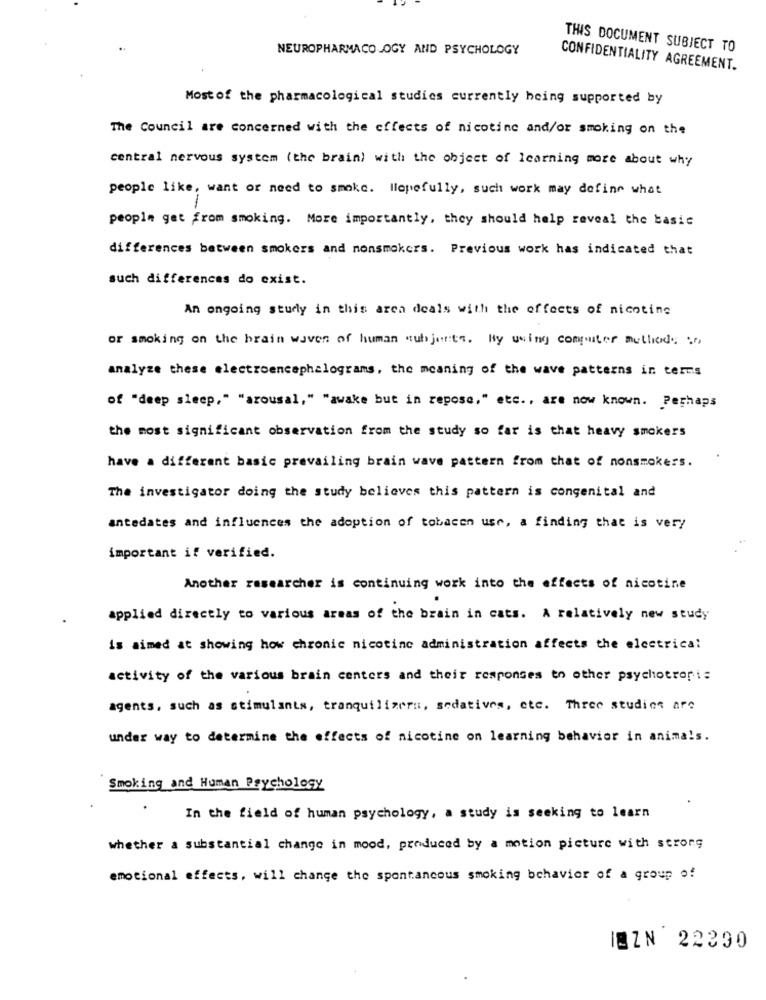
NEUROPHARMACOLOGY AND PSYCHOLOGY
THIS DOCUMENT SUBJECT TO
CONFIDENTIALITY AGREEMENT.
Most of the pharmacological studies currently being supported by
The Council are concerned with the effects of nicotine and/or smoking on the
central nervous system (the brain) with the object of learning more about why
people like, want or need to smoke. Hopefully, such work may dofine what
-
people get from smoking. More importantly, they should help reveal the basic
differences between smokers and nonsmokers. Previous work has indicated that
such differences do exist.
An ongoing study in this area deals with the effects of nicotine
or smoking on the brain waves of human subjects. By using computer methods to
analyze these electroencephalograms, the meaning of the wave patterns in terms
of "deep sleep," "arousal," "awake but in repose," etc ., are now known. Perhaps
the most significant observation from the study so far is that heavy smokers
have a different basic prevailing brain wave pattern from that of nonsmokers.
The investigator doing the study believes this pattern is congenital and
antedates and influences the adoption of tobacen use, a finding that is very
important if verified.
Another researcher is continuing work into the effects of nicotine
applied directly to various areas of the brain in cats. A relatively new study
is aimed at showing how chronic nicotine administration affects the electrical
activity of the various brain centers and their responses to other psychotropis
agents, such as stimulants, tranquilizers, sedatives, etc. Three studies are
under way to determine the effects of nicotine on learning behavior in animals.
Smoking and Human Psychology
In the field of human psychology, a study is seeking to learn
whether a substantial change in mood, produced by a motion picture with strong
emotional effects, will change the spontancous smoking behavior of a group of
IBZN 22290